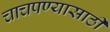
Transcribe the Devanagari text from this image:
चाचपण्यासाठी